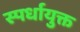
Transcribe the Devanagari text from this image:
स्पर्धायुक्त